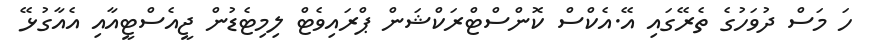
ހަ މަސް ދުވަހުގެ ތެރޭގައި އޭ.އެކްސް ކޮންސްޓްރަކްޝަން ޕްރައިވެޓް ލިމިޓެޑުން ޖީއެސްޓީއާއި އެއާގުޅޭ